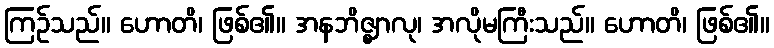
ကြဉ်သည်။ ဟောတိ၊ ဖြစ်၏။ အနဘိဇ္ဈာလု၊ အလိုမကြီးသည်။ ဟောတိ၊ ဖြစ်၏။